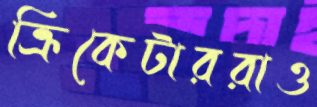
ক্রিকেটাররাও